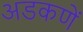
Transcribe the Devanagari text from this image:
अडकणें